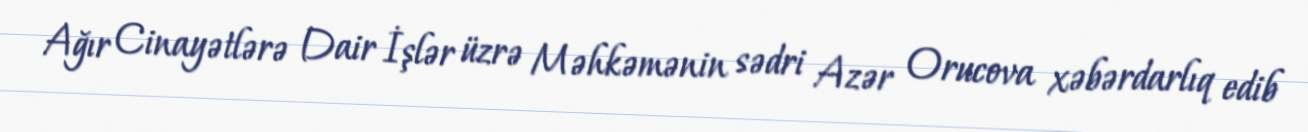
Ağır Cinayətlərə Dair İşlər üzrə Məhkəmənin sədri Azər Orucova xəbərdarlıq edib